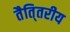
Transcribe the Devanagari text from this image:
तैति्तरीय